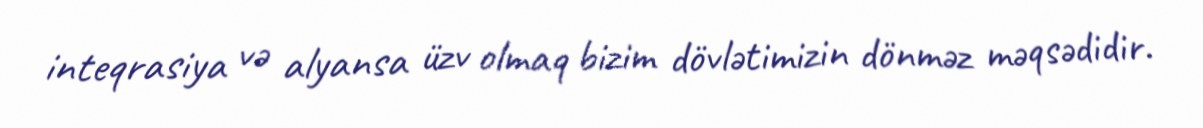
inteqrasiya və alyansa üzv olmaq bizim dövlətimizin dönməz məqsədidir.